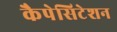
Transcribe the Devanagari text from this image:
कैपेसिटेशन